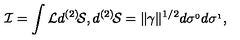
{ \cal I } = \int { \cal L } d ^ { ( 2 ) } \! { \cal S } , d ^ { ( 2 ) } \! { \cal S } = \Vert \gamma \Vert ^ { 1 / 2 } d \sigma ^ { _ 0 } d \sigma ^ { _ 1 } ,